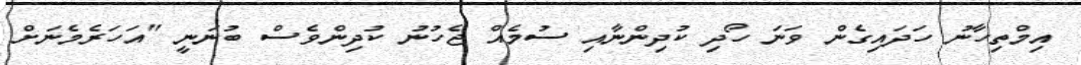
އިމްތިހާނު ހަދައިގެން ވަނަ ހޯދި ކުދިންނާއި ސުމެއް ޖެހުނު ކުދިންވެސް ބުނަނީ "އަހަރެމެނަށް